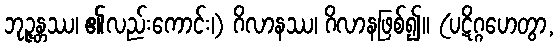
ဘုဉ္ဇန္တဿ၊ ၏လည်းကောင်း၊) ဂိလာနဿ၊ ဂိလာနဖြစ်၍။ (ပဋိဂ္ဂဟေတွာ,